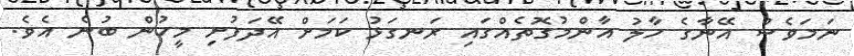
ނަމަވެސް އޭނާގެ ހާލު އާންމުގޮތެއްގައި ރަނގަޅު ކަމަށް އޭދަފުށި މީހުން ބުނެ އެވެ.